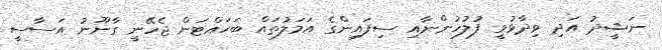
ނަޝީދު އަދި ވިދާޅުވީ ފުލުހުންނާއި ސިފައިންގެ އަމަލުތައް ބަހައްޓަން ޖެހޭނީ ގާނޫނު އަސާސީ